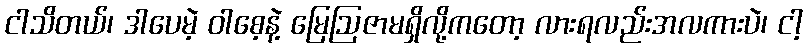
ငါသိတယ်၊ ဒါပေမဲ့ ဝါစေ့နဲ့ မြေဩဇာမရှိလို့ကတော့ လားရလည်းအလကားပဲ၊ ငါ့